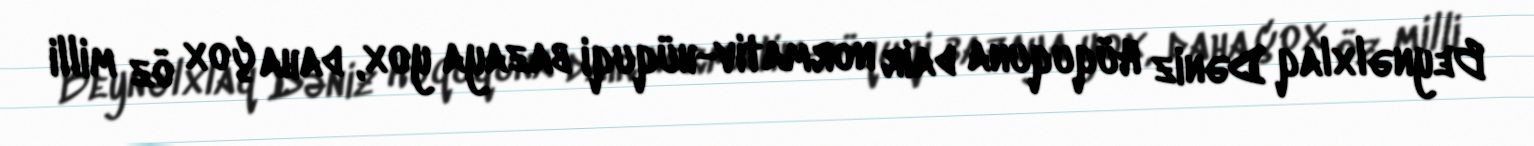
Beynəlxlaq Dəniz Hüququna dair normativ-hüquqi bazaya yox, daha çox öz milli